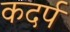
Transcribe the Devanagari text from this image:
कदर्प